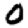
Digit: 0